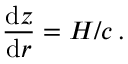
\frac { \mathrm { d } z } { \mathrm { d } r } = H / c \, .